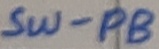
Text: SW-PB